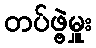
တပ်ဖွဲ့မှူး